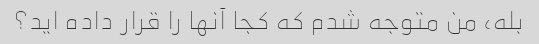
بله، من متوجه شدم که کجا آنها را قرار داده اید؟